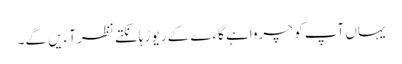
یہاں آپ کو چرواہے گاءے کے ریوڑ ہانکتے نظر آءیں گے۔